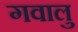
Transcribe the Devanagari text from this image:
गवालु